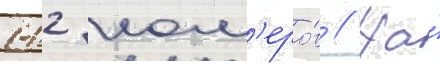
112 ном'еро́в // На́